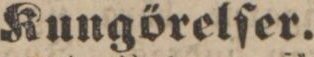
Kungörelſer.